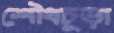
শৌধচূড়া